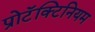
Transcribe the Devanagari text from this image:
प्रोटॅक्टिनियम